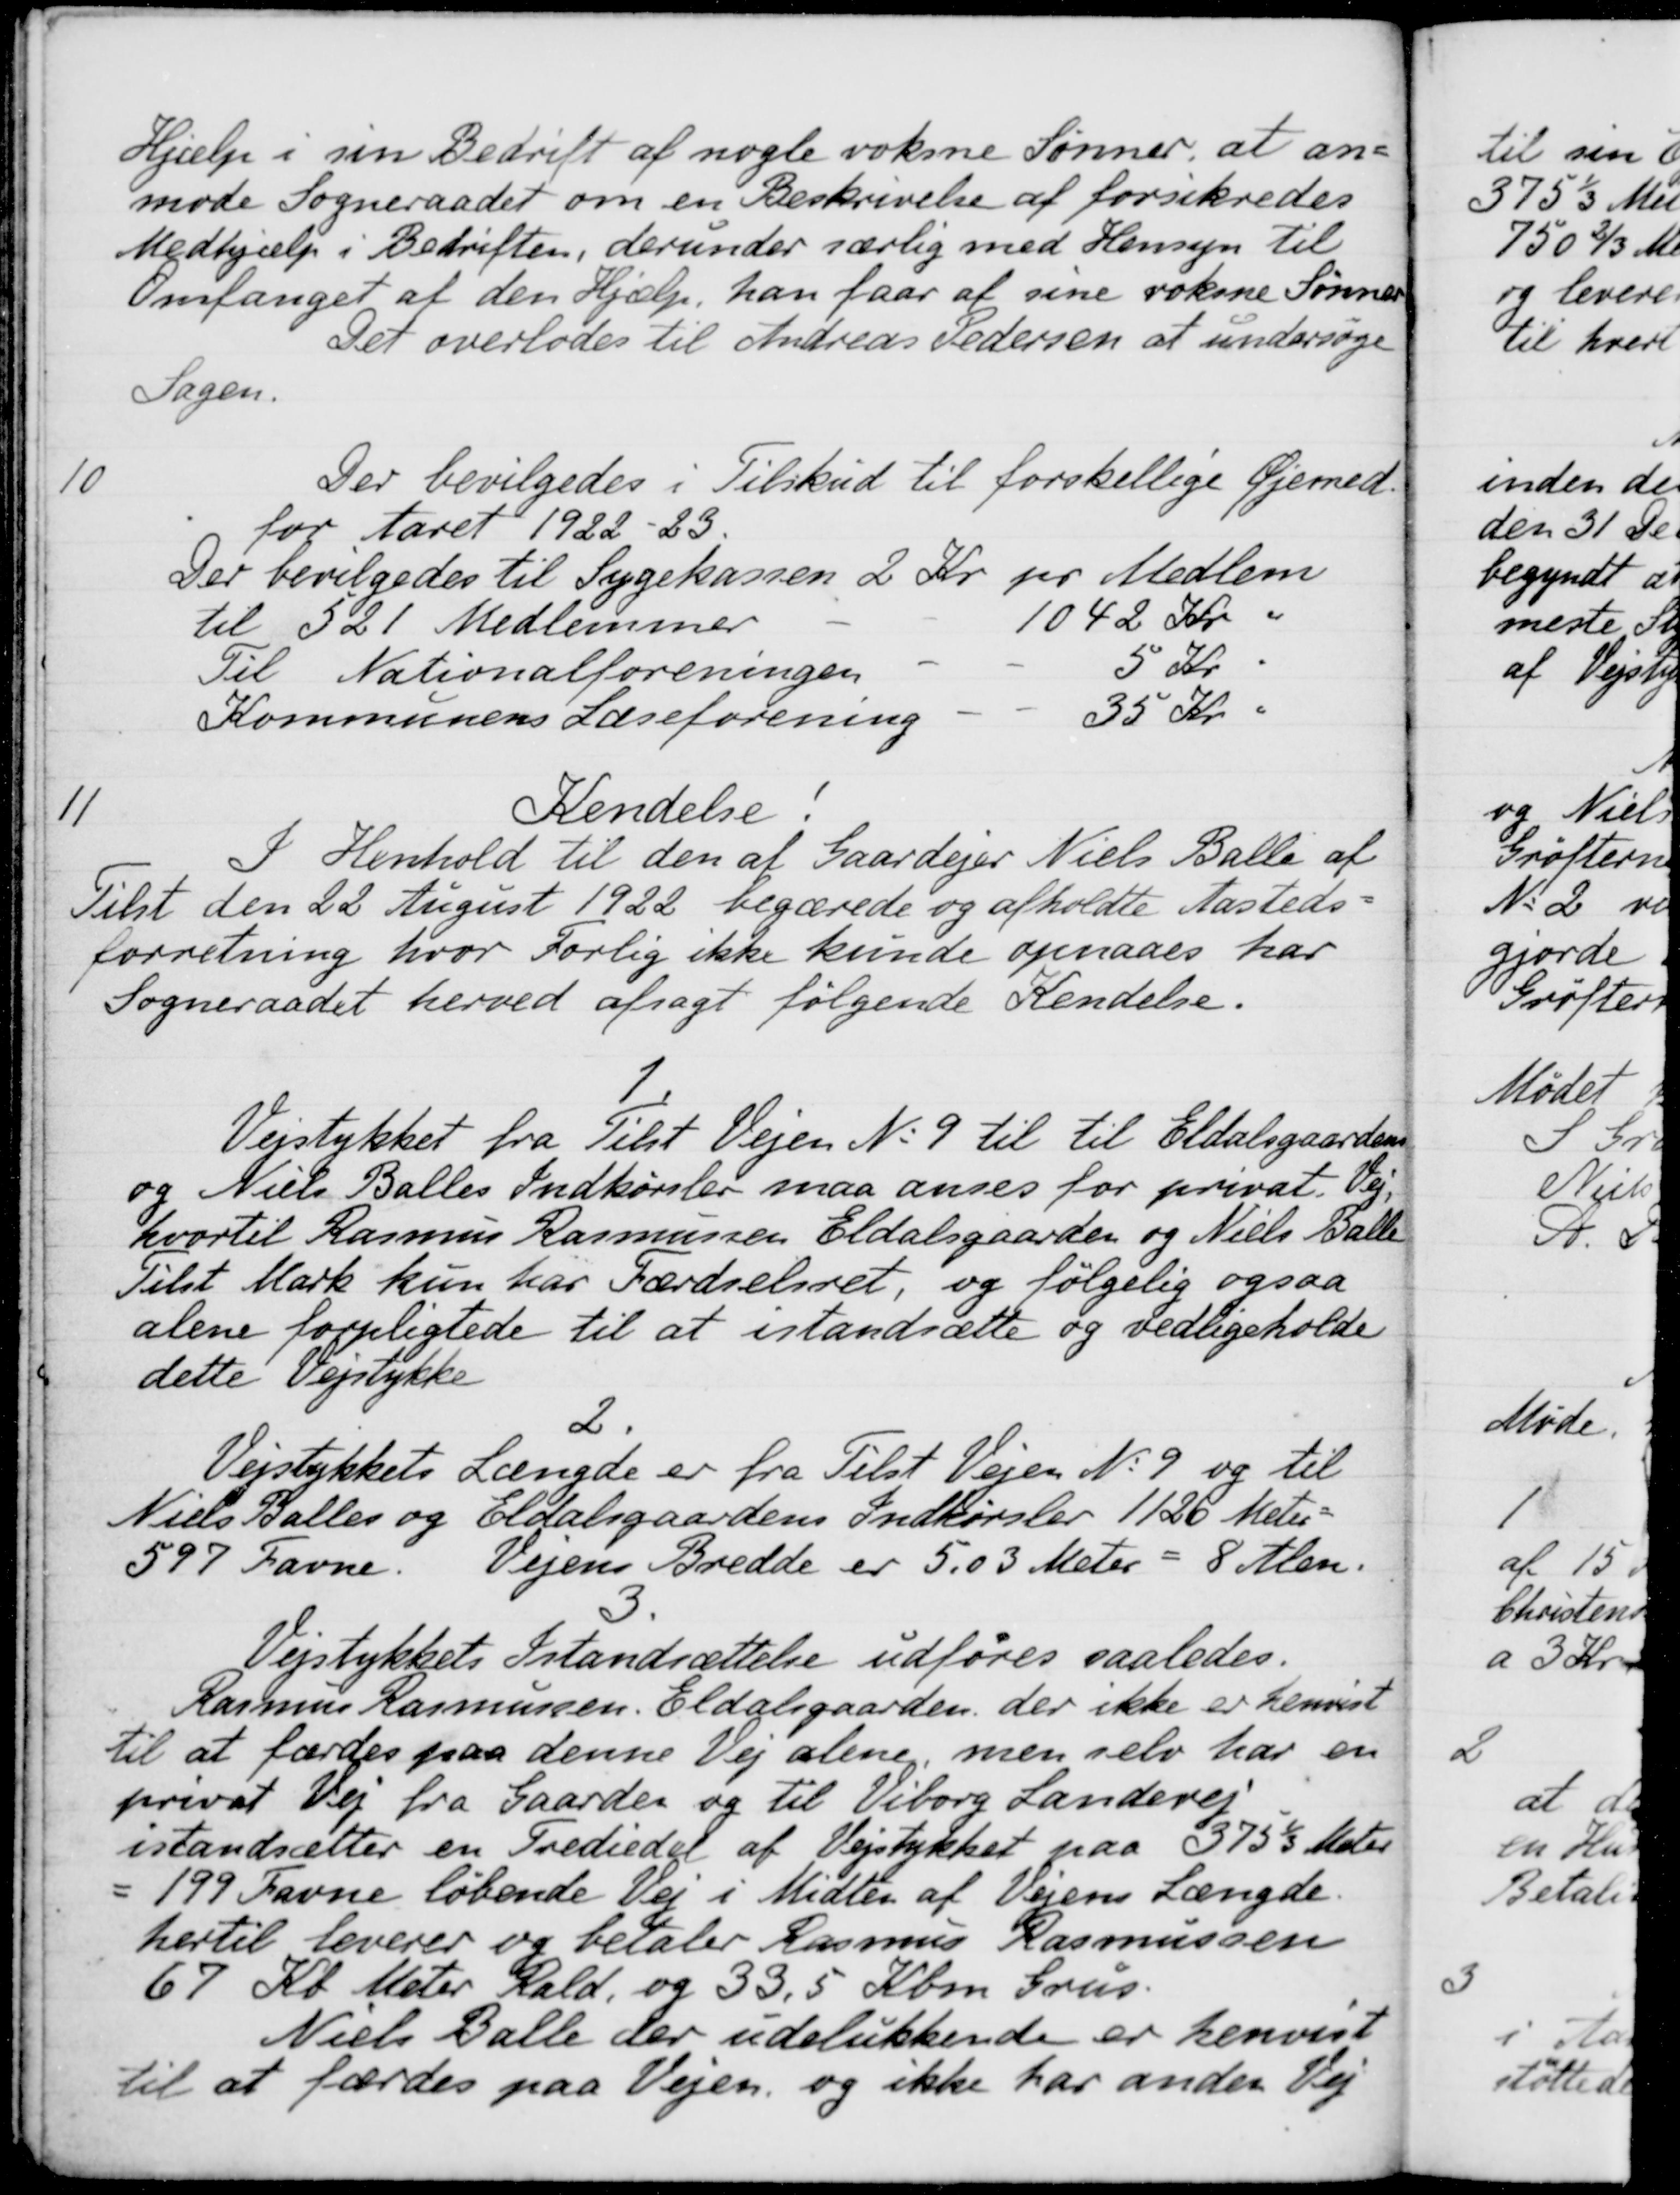
Transskription:
Hjælp i sin Bedrift af nogle voksne Sønner, at an-
mode Sogneraadet om en Beskrivelse af forsikredes
Medhjælp i Bedriften, derunder særlig med Hensyn til
Omfanget af den Hjælp, han faar af sine voksne Sønner
Det overlodes til Andreas Pedersen at undersøge
Sagen.
10
Der bevilgedes i Tilskud til forskellige Øjemed-
for Aaret 1922-23.
Der bevilgedes til Sygekassen 2 Kr. pr Medlem
til 321 Medlemmer
1042 Kr.
Til Nationalforeningen
5 Kr.
Kommunens Læseforening
35 Kr.
11
Kendelse.
I Henhold til den af Gaardejer Niels Balle af
Tilst den 22 August 1922 begærede og afholdte Aasteds-
forretning hvor Forlig ikke kunde opnaaes har
Sogneraadet herved afsagt følgende Kendelse.
1.
Vejstykket fra Tilst Vejen No 9 til til Eldalsgaardens
og Niels Balles Indkørsler maa anses for privat Vej,
hvortil Rasmus Rasmussen Eldalsgaarden og Niels Balle
Tilst Mark kun har Færdselsret, og følgelig ogsaa
alene forpligtede til at istandsætte og vedligeholde
dette Vejstykke
2.
Niels Balles og Eldalsgaardens Indkørsler 1126 Meter
Vejstykkets Længde er fra Tilst Vejen No 9 og til
597 Favne. Vejens Bredde er 5.03 Meter = 8 Alen.
3.
Vejstykkets Istandsættelse udføres saaledes.
Rasmus Rasmussen, Eldalsgaarden, der ikke er henvist
til at færdes paa denne Vej alene, men selv har en
privat Vej fra Gaarden og til Viborg Landevej
istandsætter en Trediedel af Vejstykket paa 375 1/3 Meter
=199 Favne løbende Vej i Midten af Vejens Længde.
hertil leverer og betaler Rasmus Rasmussen
67 Kb Meter Rald, og 33,5 Kbm. Grus.
Niels Balle der udelukkende er henvist
til at færdes paa Vejen og ikke har anden Vej